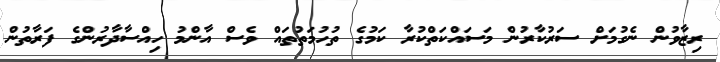
ރިޒާވުން ނެގުމަށް ސަރުކާރުން މަސައްކަތްކުރާ ކަމުގެ ތުހުމަތުތައް ވެސް އާންމު ހިއްސާދާރުންގެ ފަރާތުން